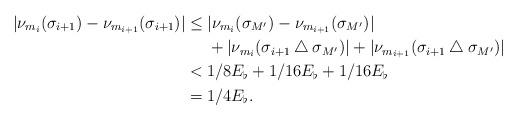
LaTeX: \begin{align*}|\nu_{m_i}(\sigma_{i+1})-\nu_{m_{i+1}}(\sigma_{i+1})|&\leq|\nu_{m_i}(\sigma_{M'})-\nu_{m_{i+1}}(\sigma_{M'})|\\&\ \ \ \ +|\nu_{m_i}(\sigma_{i+1}\bigtriangleup\sigma_{M'})|+|\nu_{m_{i+1}}(\sigma_{i+1}\bigtriangleup\sigma_{M'})|\\&<1/8E_\flat+1/16E_\flat+1/16E_\flat\\&=1/4E_\flat.\end{align*}